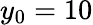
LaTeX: y_{0}=10